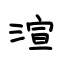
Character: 渲